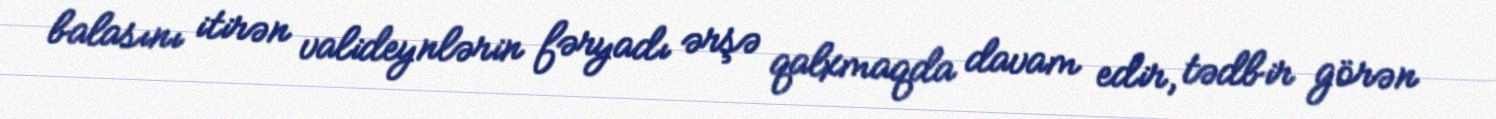
balasını itirən valideynlərin fəryadı ərşə qalxmaqda davam edir, tədbir görən